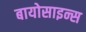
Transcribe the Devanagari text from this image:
बायोसाइन्स